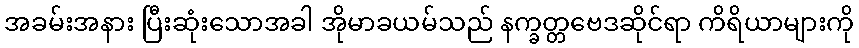
အခမ်းအနား ပြီးဆုံးသောအခါ အိုမာခယမ်သည် နက္ခတ္တဗေဒဆိုင်ရာ ကိရိယာများကို